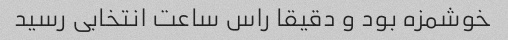
خوشمزه بود و دقیقا راس ساعت انتخابی رسید